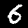
Digit: 6